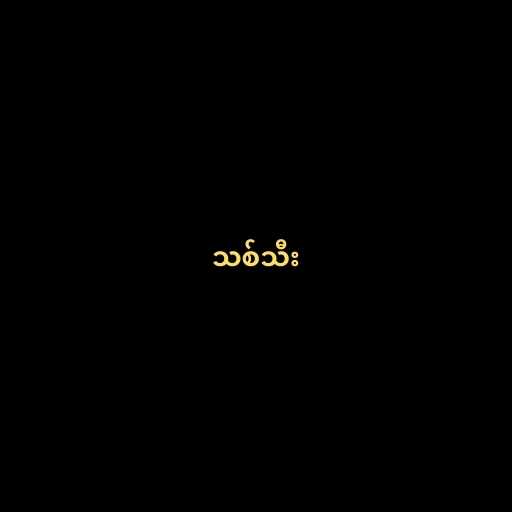
သစ်သီး